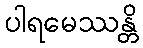
ပါရမေဿန္တိ